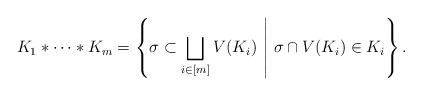
LaTeX: \begin{align*}K_1 * \cdots * K_m = \left\{ \sigma \subset \bigsqcup_{i \in [m]} V(K_i) \ \middle|\ \sigma \cap V(K_i) \in K_i \right\}.\end{align*}